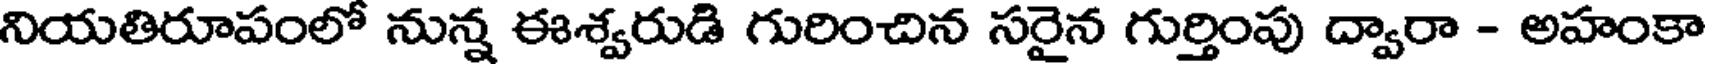
నియతిరూపంలో నున్న ఈశ్వరుడి గురించిన సరైన గుర్తింపు ద్వారా - అహంకా